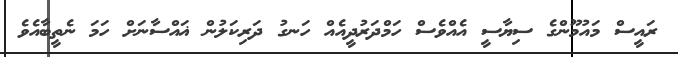
ރައީސް މައުމޫންގެ ސިޔާސީ އެއްވެސް ހަމްދަރުދީއެއް ހަނގު ދަރިކަލުން ޣައްސާނަށް ހަމަ ނެތީބާއެވެ